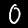
Label: 0